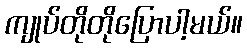
ကျုပ်တိုတိုပြောပါ့မယ်။